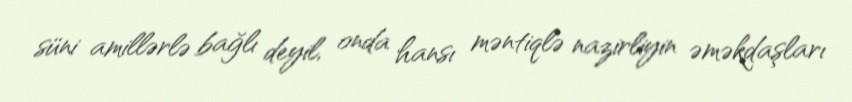
süni amillərlə bağlı deyil, onda hansı məntiqlə nazirliyin əməkdaşları